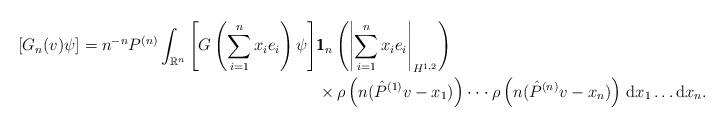
LaTeX: \begin{align*}\left[G_n(v)\psi \right]= n^{-n}P^{(n)}\int_{\mathbb{R}^n}\left[G\left(\sum_{i=1}^nx_ie_i \right)\psi \right]&\pmb{1}_n\left(\left|\sum_{i=1}^n x_ie_i \right|_{H^{1,2}} \right) \\&\times \rho\left(n (\hat{P}^{(1)}v-x_1)\right)\cdot \cdot \cdot \rho\left(n (\hat{P}^{(n)}v-x_n)\right)\, {\rm d}x_1\ldots {\rm d}x_n.\end{align*}